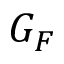
G _ { F }